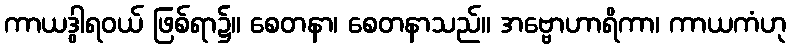
ကာယဒွါရဝယ် ဖြစ်ရာ၌။ စေတနာ၊ စေတနာသည်။ အဗ္ဗောဟာရိကာ၊ ကာယကံဟု